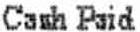
CASH PAID